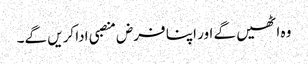
وہ اٹھیں گے اور اپنا فرض منصبی ادا کریں گے۔